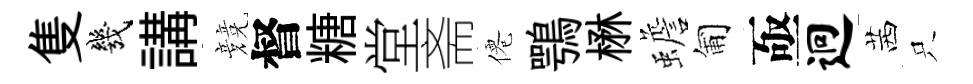
隻幾講競督糖堂斋僊鶚楙蟾匍亟迥茜只